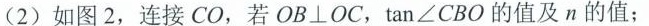
(2)如图2，连接CO，若OB \bot OC，tan∠CBO的值及n的值；